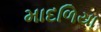
માદળિયા